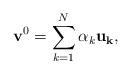
LaTeX: \begin{align*}\mathbf{v}^{0}=\sum\limits_{k=1}^{N}\alpha_{k}\mathbf{u_{k}},\end{align*}